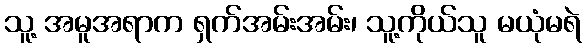
သူ့ အမူအရာက ရှက်အမ်းအမ်း၊ သူ့ကိုယ်သူ မယုံမရဲ